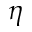
\eta